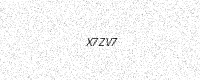
Text: X7ZV7